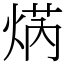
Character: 焫